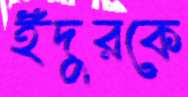
ইঁদুরকে